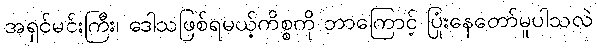
အရှင်မင်းကြီး၊ ဒေါသဖြစ်ရမယ့်ကိစ္စကို ဘာကြောင့် ပြုံးနေတော်မူပါသလဲ